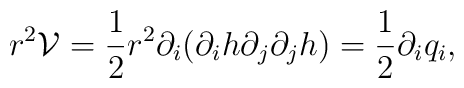
r^{2}{\mathcal{V}}=\frac{1}{2}r^{2}\partial_{i}(\partial_{i}h\partial_{j}\partial_{j}h)=\frac{1}{2}\partial_{i}q_{i},